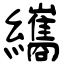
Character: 纗